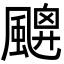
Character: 𩘙